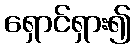
ရှောင်ရှား၍